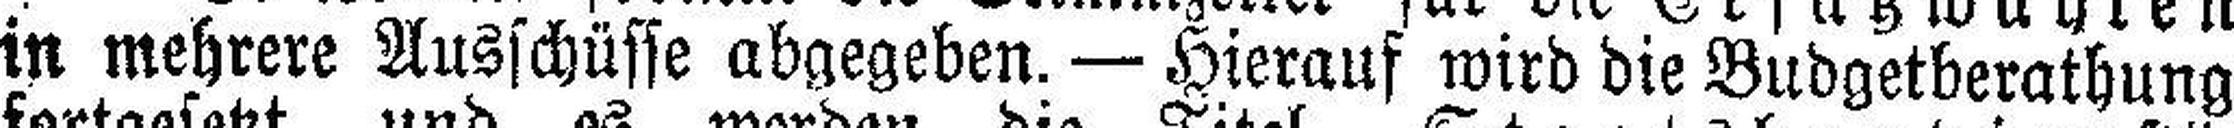
in mehrere Ausschüsse abgegeben. — Hierauf wird die Budgetberathung